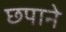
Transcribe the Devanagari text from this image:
छपाने